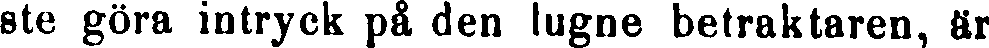
ste göra intryck på den lugne betraktaren, är